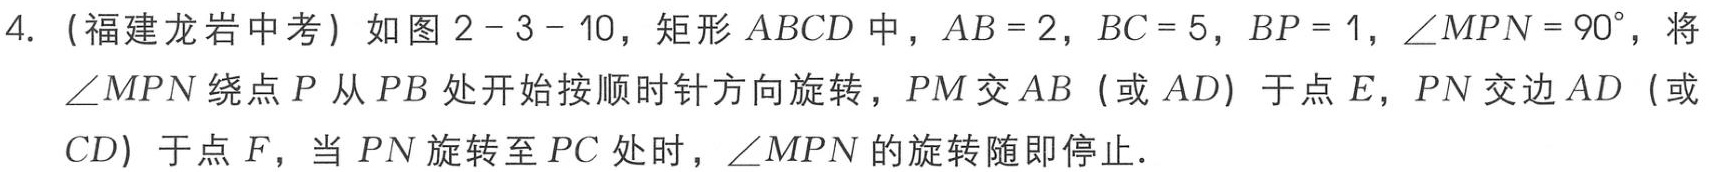
4. (福建龙岩中考) 如图2 - 3 - 10，矩形 \(ABCD\) 中，\(AB = 2\)，\(BC = 5\)，\(BP = 1\)，\(\angle MPN = 90^{\circ}\)，将\(\angle MPN\)绕点 \(P\) 从 \(PB\) 处开始按顺时针方向旋转，\(PM\) 交 \(AB\)（或 \(AD\)）于点 \(E\)，\(PN\) 交边 \(AD\)（或 \(CD\)）于点 \(F\)，当 \(PN\) 旋转至 \(PC\) 处时，\(\angle MPN\) 的旋转随即停止.